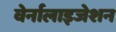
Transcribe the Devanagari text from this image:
वेर्नालाइजेशन